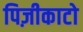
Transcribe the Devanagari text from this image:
पिज़ीकाटो